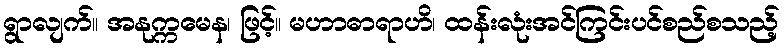
ရွာလျက်။ အနုက္ကမေန၊ ဖြင့်။ မဟာဓာရာဟိ၊ ထန်းလုံးအင်ကြင်းပင်စည်စသည့်